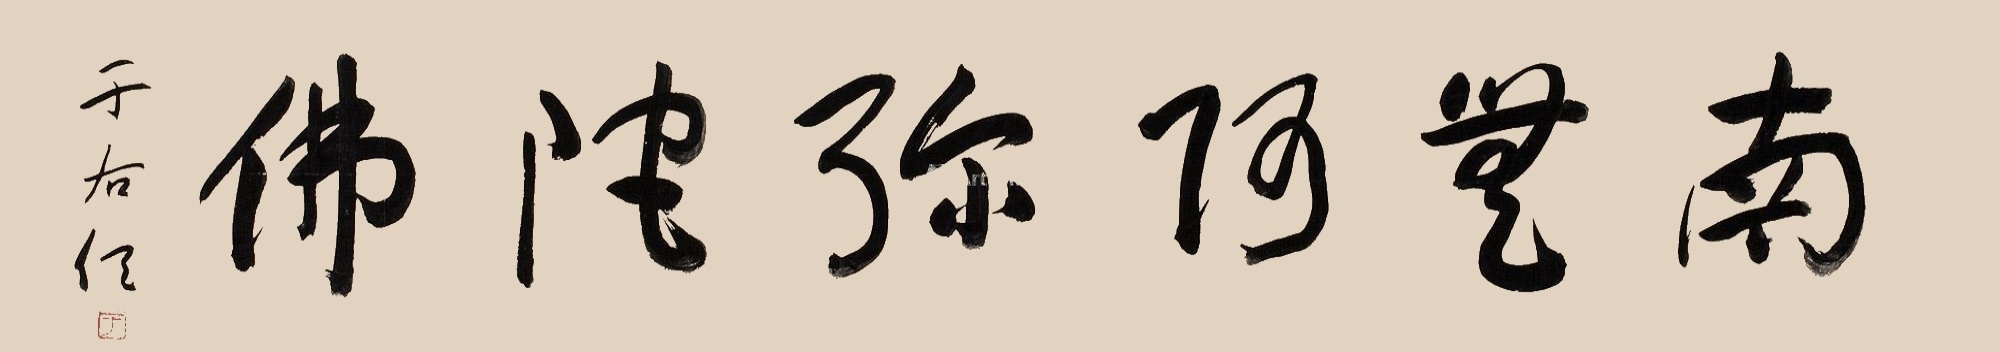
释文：南无阿弥陀佛。于右任。